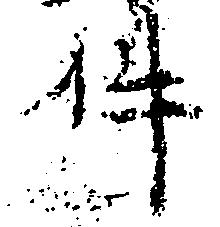
件